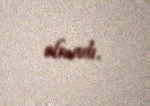
olmadı.